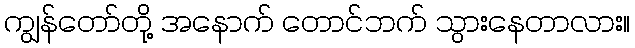
ကျွန်တော်တို့ အနောက် တောင်ဘက် သွားနေတာလား။